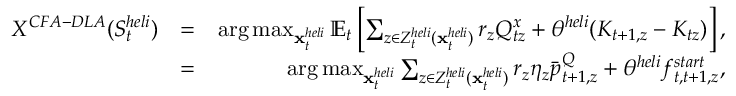
\begin{array} { r l r } { X ^ { C F A - D L A } ( S _ { t } ^ { h e l i } ) } & { = } & { \mathrm { a r g } \operatorname* { m a x } _ { { \mathbf { x } } _ { t } ^ { h e l i } } \mathbb { E } _ { t } \left[ \sum _ { z \in { \cal Z } _ { t } ^ { h e l i } ( { \mathbf { x } } _ { t } ^ { h e l i } ) } r _ { z } Q _ { t z } ^ { x } + \theta ^ { h e l i } ( K _ { t + 1 , z } - K _ { t z } ) \right] , } \\ & { = } & { \mathrm { a r g } \operatorname* { m a x } _ { { \mathbf { x } } _ { t } ^ { h e l i } } \sum _ { z \in { \cal Z } _ { t } ^ { h e l i } ( { \mathbf { x } } _ { t } ^ { h e l i } ) } r _ { z } \eta _ { z } \bar { p } _ { t + 1 , z } ^ { Q } + \theta ^ { h e l i } f _ { t , t + 1 , z } ^ { s t a r t } , } \end{array}